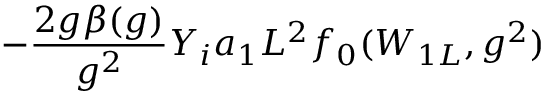
- \frac { 2 g \beta ( g ) } { g ^ { 2 } } Y _ { i } a _ { 1 } L ^ { 2 } f _ { 0 } ( W _ { 1 L } , g ^ { 2 } )